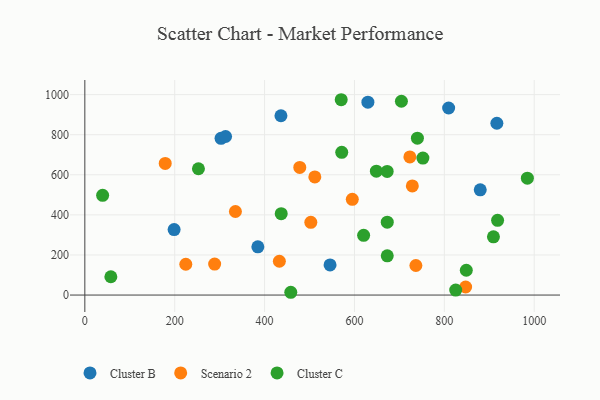
{"axis": {"x": "Investment", "y": "Exam Score"}, "legend": ["Cluster B", "Cluster C", "Scenario 2"], "data": [{"x": "436.4", "y": 894.6, "type": "Cluster B"}, {"x": "879.9", "y": 525.0, "type": "Cluster B"}, {"x": "198.7", "y": 326.6, "type": "Cluster B"}, {"x": "303.1", "y": 781.7, "type": "Cluster B"}, {"x": "313.2", "y": 791.1, "type": "Cluster B"}, {"x": "916.9", "y": 857.2, "type": "Cluster B"}, {"x": "385.0", "y": 240.5, "type": "Cluster B"}, {"x": "545.7", "y": 150.3, "type": "Cluster B"}, {"x": "629.9", "y": 962.2, "type": "Cluster B"}, {"x": "809.6", "y": 933.3, "type": "Cluster B"}, {"x": "847.4", "y": 40.3, "type": "Scenario 2"}, {"x": "335.1", "y": 416.9, "type": "Scenario 2"}, {"x": "178.9", "y": 656.9, "type": "Scenario 2"}, {"x": "432.9", "y": 168.7, "type": "Scenario 2"}, {"x": "224.7", "y": 153.8, "type": "Scenario 2"}, {"x": "728.8", "y": 544.4, "type": "Scenario 2"}, {"x": "736.7", "y": 147.4, "type": "Scenario 2"}, {"x": "595.2", "y": 477.7, "type": "Scenario 2"}, {"x": "502.9", "y": 362.8, "type": "Scenario 2"}, {"x": "478.3", "y": 636.8, "type": "Scenario 2"}, {"x": "723.3", "y": 689.3, "type": "Scenario 2"}, {"x": "288.9", "y": 154.7, "type": "Scenario 2"}, {"x": "511.8", "y": 589.6, "type": "Scenario 2"}, {"x": "57.9", "y": 91.4, "type": "Cluster C"}, {"x": "437.0", "y": 405.8, "type": "Cluster C"}, {"x": "458.3", "y": 13.9, "type": "Cluster C"}, {"x": "673.0", "y": 195.7, "type": "Cluster C"}, {"x": "673.0", "y": 363.5, "type": "Cluster C"}, {"x": "825.3", "y": 25.1, "type": "Cluster C"}, {"x": "848.9", "y": 123.8, "type": "Cluster C"}, {"x": "740.1", "y": 782.5, "type": "Cluster C"}, {"x": "620.4", "y": 297.9, "type": "Cluster C"}, {"x": "648.8", "y": 617.9, "type": "Cluster C"}, {"x": "984.8", "y": 583.0, "type": "Cluster C"}, {"x": "752.3", "y": 683.5, "type": "Cluster C"}, {"x": "672.8", "y": 616.6, "type": "Cluster C"}, {"x": "918.5", "y": 372.7, "type": "Cluster C"}, {"x": "39.6", "y": 497.7, "type": "Cluster C"}, {"x": "570.5", "y": 974.5, "type": "Cluster C"}, {"x": "704.5", "y": 967.0, "type": "Cluster C"}, {"x": "571.7", "y": 712.3, "type": "Cluster C"}, {"x": "252.8", "y": 630.1, "type": "Cluster C"}, {"x": "909.3", "y": 290.4, "type": "Cluster C"}]}